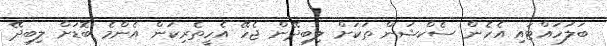
ބަލަހައްޓައި އެހެން ސެކްޝަން ތަކަށް ލިބިދޭން ޖެހޭ އެހީތެރިކަން އެންމެ ބޮޑަށް ލިބިދޭ